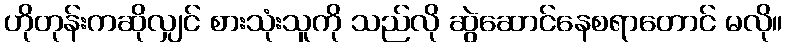
ဟိုတုန်းကဆိုလျှင် စားသုံးသူကို သည်လို ဆွဲဆောင်နေစရာတောင် မလို။